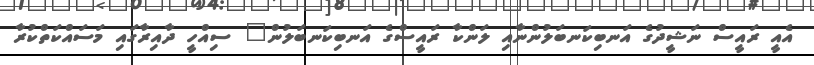
އެއީ ރައީސް ނަޝީދުގެ އަނބިކަނބަލުންނާއި ލަންކާ ރައީސްގެ އަނބިކަނބަލުން" ސިއްހީ ދާއިރާގައި މަސައްކަތްކުރާ